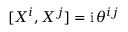
[ X ^ { i } , X ^ { j } ] = \ensuremath { \mathrm { i } } \, \theta ^ { i j }